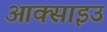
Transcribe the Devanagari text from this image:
आक्साइउ